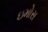
ઇમોસ